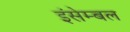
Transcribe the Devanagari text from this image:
इंसेम्बल